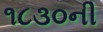
૧૮૩૦ની